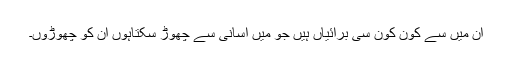
ان میں سے کون کون سی برائیاں ہیں جو مَیں آسانی سے چھوڑ سکتاہوں ان کو چھوڑوں۔